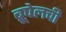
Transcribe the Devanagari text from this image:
ब्रूघेलची